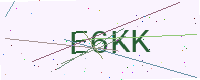
Text: E6KK